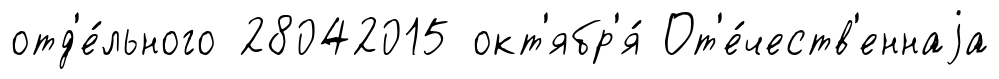
отд'е́льного 28042015 окт'ябр'я́ От'е́честв'еннаjа